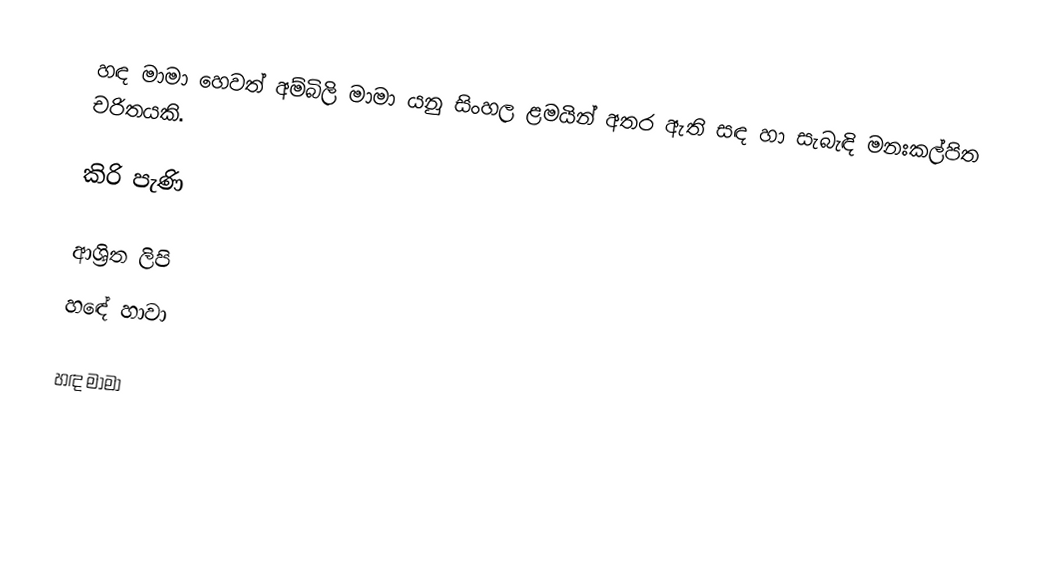
හඳ මාමා හෙවත් අම්බිලි මාමා යනු සිංහල ළමයින් අතර ඇති සඳ හා සැබැඳි මනඃකල්පිත චරිතයකි.

කිරි පැණි

ආශ්‍රිත ලිපි
 හඳේ හාවා

හඳ මාමා